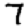
Digit: 7